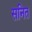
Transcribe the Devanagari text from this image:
सनित